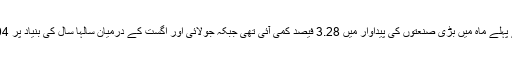
رواں مالی سال کے پہلے ماہ میں بڑی صنعتوں کی پیداوار میں 3.28 فیصد کمی آئی تھی جبکہ جولائی اور اگست کے درمیان سالہا سال کی بنیاد پر 6.04 فیصد کمی آئی۔